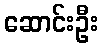
ဆောင်းဦး